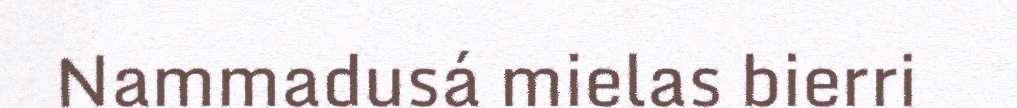
Nammadusá mielas bierri